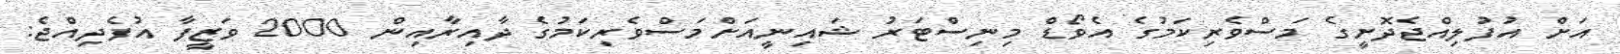
އަށް އުފުލިއްޖެދޮށީގެ މަސްވެރިކަމުގެ އެވޯޑް މިނިސްޓަރު ޝައިނީއަށްމަސްވެރިކަމުގެ ދާއިރާއިން 2000 ވަޒީފާ އުފެދިއްޖެ: